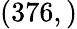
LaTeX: (376,)